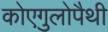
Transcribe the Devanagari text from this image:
कोएगुलोपैथी